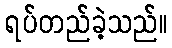
ရပ်တည်ခဲ့သည်။